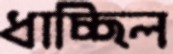
ধাচ্ছিল